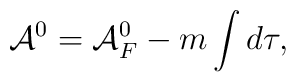
{\cal A}^0 = {\cal A}_F^0 - m \int d\tau,